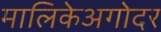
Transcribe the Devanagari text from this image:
मालिकेअगोदर